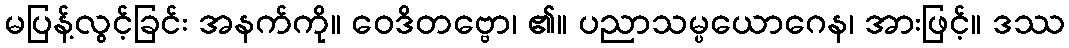
မပြန့်လွင့်ခြင်း အနက်ကို။ ဝေဒိတဗ္ဗော၊ ၏။ ပညာသမ္ပယောဂေန၊ အားဖြင့်။ ဒဿ